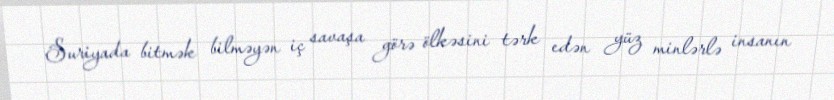
Suriyada bitmək bilməyən iç savaşa görə ölkəsini tərk edən yüz minlərlə insanın